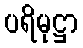
ပရိမုဋ္ဌာ